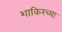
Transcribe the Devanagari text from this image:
शाकिरच्या